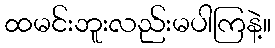
ထမင်းဘူးလည်းမပါကြနဲ့။